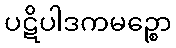
ပဋိပါဒကမဉ္စော